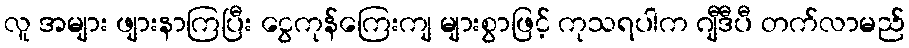
လူ အများ ဖျားနာကြပြီး ငွေကုန်ကြေးကျ များစွာဖြင့် ကုသရပါက ဂျီဒီပီ တက်လာမည်